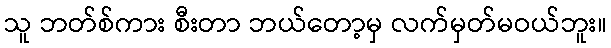
သူ ဘတ်စ်ကား စီးတာ ဘယ်တော့မှ လက်မှတ်မဝယ်ဘူး။